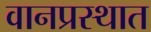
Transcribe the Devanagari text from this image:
वानप्रस्थात